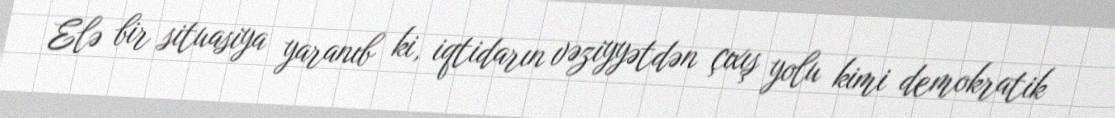
Elə bir situasiya yaranıb ki, iqtidarın vəziyyətdən çıxış yolu kimi demokratik